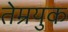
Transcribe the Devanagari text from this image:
तेम्रयुक